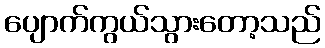
ပျောက်ကွယ်သွားတော့သည်